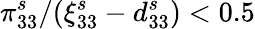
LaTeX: \pi_{33}^{s}/(\xi_{33}^{s}-d_{33}^{s})<0.5